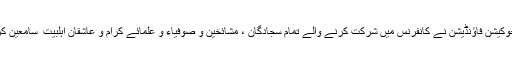
جناب عتیق احمد صاحب چشتی القادری ، چیرمین نور زینبؓ ایجوکیشن فاؤنڈیشن نے کانفرنس میں شرکت کرنے والے تمام سجادگان ، مشائخین و صوفیاء و علمائے کرام و عاشقان اہلبیت ؑ سامعین کرام کا فرداً فرداً شکریہ ادا کیا ضیافت عام کا بھی اہتمام کیا گیا ۔